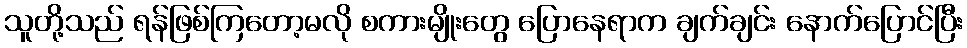
သူတို့သည် ရန်ဖြစ်ကြတော့မလို စကားမျိုးတွေ ပြောနေရာက ချက်ချင်း နောက်ပြောင်ပြီး